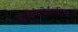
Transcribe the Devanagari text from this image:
हीमेटोपोईएटिक